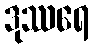
ဒုဿရေ